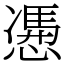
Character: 慿